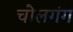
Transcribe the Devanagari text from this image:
चोलगंग